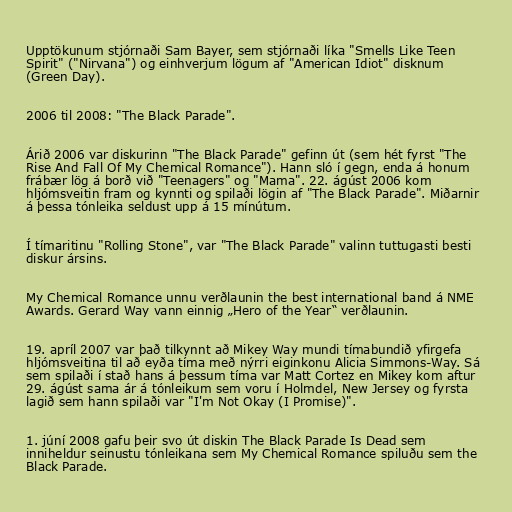
Upptökunum stjórnaði Sam Bayer, sem stjórnaði líka "Smells Like Teen
Spirit" ("Nirvana") og einhverjum lögum af "American Idiot" disknum
(Green Day).

2006 til 2008: "The Black Parade".

Árið 2006 var diskurinn "The Black Parade" gefinn út (sem hét fyrst "The
Rise And Fall Of My Chemical Romance"). Hann sló í gegn, enda á honum
frábær lög á borð við "Teenagers" og "Mama". 22. ágúst 2006 kom
hljómsveitin fram og kynnti og spilaði lögin af "The Black Parade". Miðarnir
á þessa tónleika seldust upp á 15 mínútum.

Í tímaritinu "Rolling Stone", var "The Black Parade" valinn tuttugasti besti
diskur ársins.

My Chemical Romance unnu verðlaunin the best international band á NME
Awards. Gerard Way vann einnig „Hero of the Year“ verðlaunin.

19. apríl 2007 var það tilkynnt að Mikey Way mundi tímabundið yfirgefa
hljómsveitina til að eyða tíma með nýrri eiginkonu Alicia Simmons-Way. Sá
sem spilaði í stað hans á þessum tíma var Matt Cortez en Mikey kom aftur
29. ágúst sama ár á tónleikum sem voru í Holmdel, New Jersey og fyrsta
lagið sem hann spilaði var "I'm Not Okay (I Promise)".

1. júní 2008 gafu þeir svo út diskin The Black Parade Is Dead sem
inniheldur seinustu tónleikana sem My Chemical Romance spiluðu sem the
Black Parade.